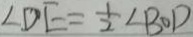
\angle D E = \frac { 1 } { 2 } \angle B O D